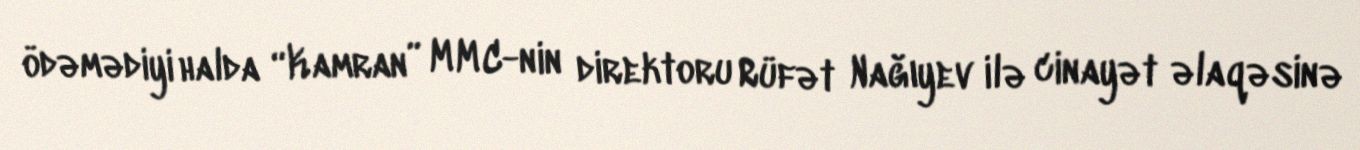
ödəmədiyi halda “Kamran” MMC-nin direktoru Rüfət Nağıyev ilə cinayət əlaqəsinə